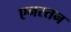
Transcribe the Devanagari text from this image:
एनस्तन